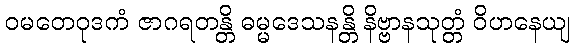
ဝမတေဝုဒကံ ဇာဂရတန္တိ ဓမ္မဒေသနန္တိ နိဗ္ဗာနသုတ္တံ ဝိဟနေယျ